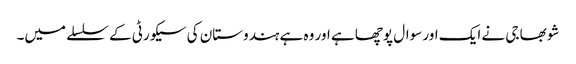
شوبھا جی نے ایک اور سوال پوچھا ہے اور وہ ہے ہندوستان کی سیکورٹی کے سلسلے میں۔